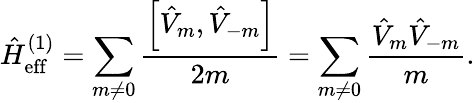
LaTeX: \hat{H}_{\mathrm{eff}}^{(1)}=\sum_{m\neq 0}\frac{\left[\hat{V}_{m},\hat{V}_{-m}\right]}{2m}=\sum_{m\neq 0}\frac{\hat{V}_{m}\hat{V}_{-m}}{m}.